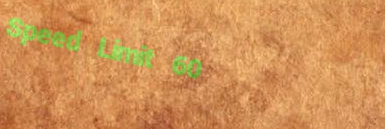
Speed Limit 60